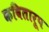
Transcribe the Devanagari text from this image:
कवितारूप